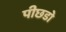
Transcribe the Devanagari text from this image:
पीछडो